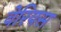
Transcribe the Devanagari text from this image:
वेरियस